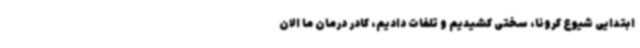
ابتدایی شیوع کرونا، سختی کشیدیم و تلفات دادیم، کادر درمان ما الان